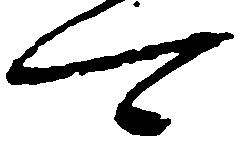
可